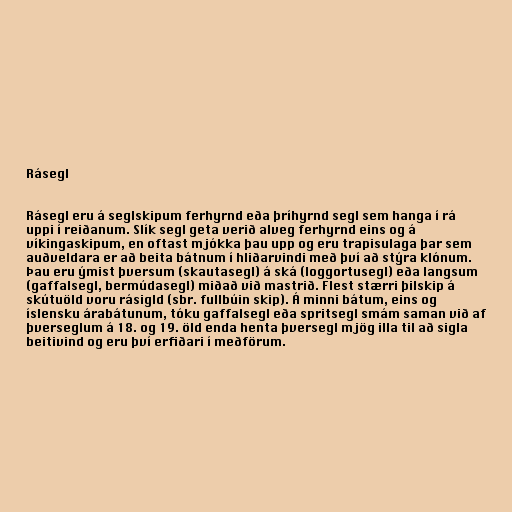
Rásegl

Rásegl eru á seglskipum ferhyrnd eða þríhyrnd segl sem hanga í rá
uppi í reiðanum. Slík segl geta verið alveg ferhyrnd eins og á
víkingaskipum, en oftast mjókka þau upp og eru trapisulaga þar sem
auðveldara er að beita bátnum í hliðarvindi með því að stýra klónum.
Þau eru ýmist þversum (skautasegl) á ská (loggortusegl) eða langsum
(gaffalsegl, bermúdasegl) miðað við mastrið. Flest stærri þilskip á
skútuöld voru rásigld (sbr. fullbúin skip). Á minni bátum, eins og
íslensku árabátunum, tóku gaffalsegl eða spritsegl smám saman við af
þverseglum á 18. og 19. öld enda henta þversegl mjög illa til að sigla
beitivind og eru því erfiðari í meðförum.